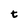
Character: t